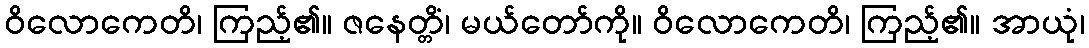
ဝိလောကေတိ၊ ကြည့်၏။ ဇနေတ္တိံ၊ မယ်တော်ကို။ ဝိလောကေတိ၊ ကြည့်၏။ အာယုံ၊